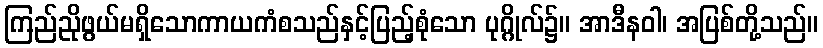
ကြည်ညိုဖွယ်မရှိသောကာယကံစသည်နှင့်ပြည့်စုံသော ပုဂ္ဂိုလ်၌။ အာဒီနဝါ၊ အပြစ်တို့သည်။